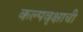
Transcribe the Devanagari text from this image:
कल्पवृक्षाची